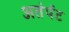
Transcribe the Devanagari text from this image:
अतंर्पट